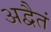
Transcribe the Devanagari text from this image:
अद्वैतं